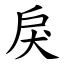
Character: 戾